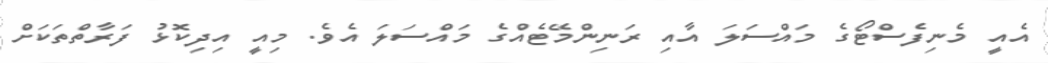
އެއީ މެނިފެސްޓޯގެ މައްސަލަ އާއި ރަނިންމޭޓެއްގެ މައްސަލަ އެވެ. މިއީ އިދިކޮޅު ފަރާތްތަކަށް